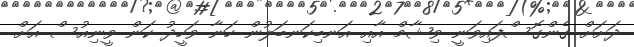
ދަށަށް ގެންގޮސްފައިވަނީ ވިޝާމް އާއި އަނބިކަނބަލުން ހަނާ ވަހީދު ކަން ވީނިއުސް އަށް